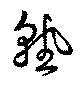
熟